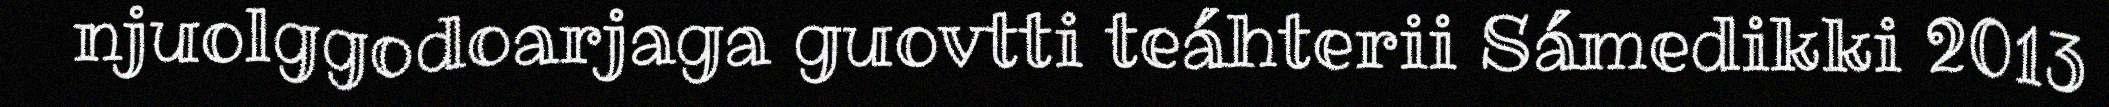
njuolggodoarjaga guovtti teáhterii Sámedikki 2013